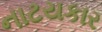
નાટયકાર